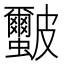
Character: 𭽻